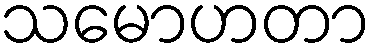
သမောဟတာ